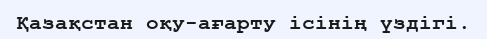
Қазақстан оқу-ағарту ісінің үздігі.